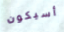
أسيكون